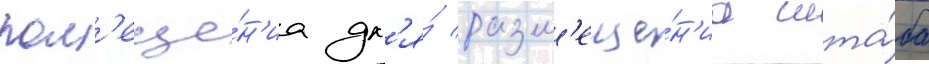
пом'еще́н'иа дл'я́ разм'еще́н'иа шта́ба